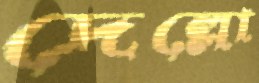
দেল্লো